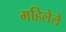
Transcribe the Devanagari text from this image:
महिलेले